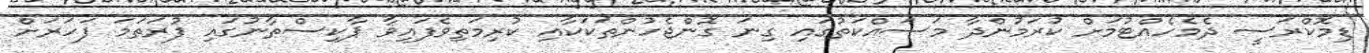
ޑިމޮކްރަސީ ދެމެހެއްޓުމަށް ކުރަމުންދާ މަސައްކަތުގައި ގިނަ ގޮންޖެހުންތަކަކާއި ކުރިމަތިވެފައިވާ ޕާކިސްތާނުގައި ފުރަތަމަ ފަހަރަށް